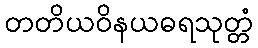
တတိယဝိနယဓရသုတ္တံ